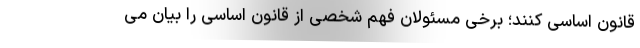
قانون اساسی کنند؛ برخی مسئولان فهم شخصی از قانون اساسی را بیان می